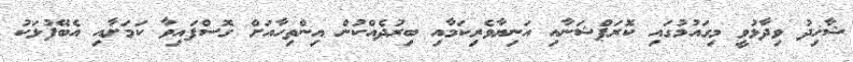
ޝާހިދު ވިދާޅުވީ މިގައުމުގައި ކޮރަޕްޝަނާއި އަނިޔާވެރިކަމާއި ބިރުދެއްކުން އިންތިހާއަށް ގޮސްފައިވާ ކަމަށާއި އެބޭފުޅަކު